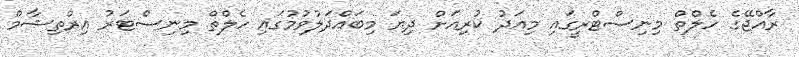
ރާއްޖޭގެ ހެލްތް މިނިސްޓްރީގައި މިއަދު ކުރިއަށް ދިޔަ މިބައްދަލުވުމުގައި ހެލްތް މިނިސްޓަރު އިރްތިޝާމް